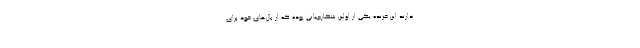
دارند این خزنده یکی از اولین شکارچیانی بوده که از بال‌های خود برای